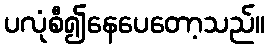
ပလုံစီ၍နေပေတော့သည်။